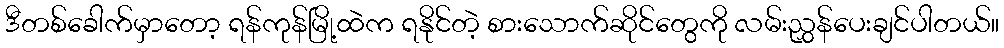
ဒီတစ်ခေါက်မှာတော့ ရန်ကုန်မြို့ထဲက ရနိုင်တဲ့ စားသောက်ဆိုင်တွေကို လမ်းညွှန်ပေးချင်ပါတယ်။